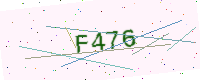
Text: F476